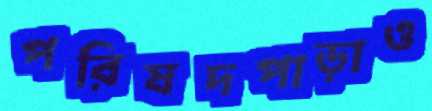
পরিষদপাড়াও